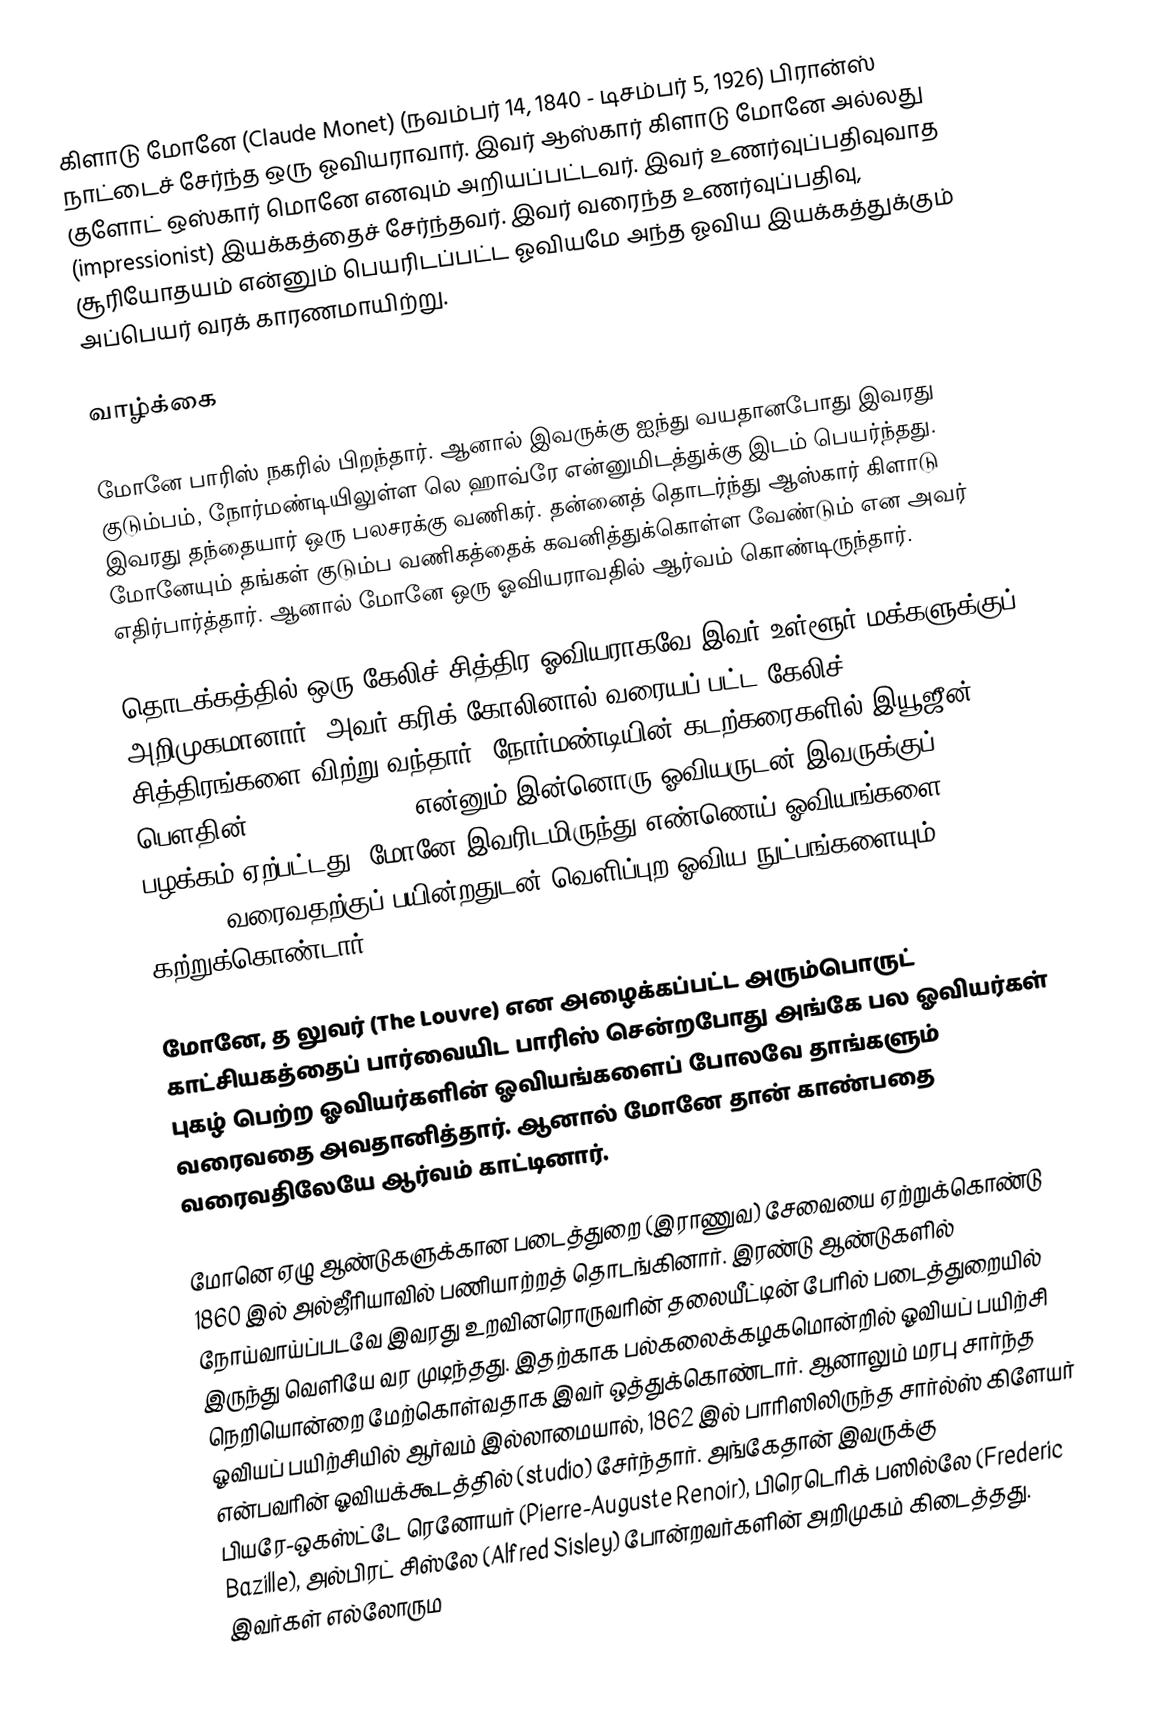
கிளாடு மோனே (Claude Monet) (நவம்பர் 14, 1840 - டிசம்பர் 5, 1926) பிரான்ஸ் நாட்டைச் சேர்ந்த ஒரு ஓவியராவார். இவர் ஆஸ்கார் கிளாடு மோனே அல்லது குளோட் ஒஸ்கார் மொனே எனவும் அறியப்பட்டவர். இவர் உணர்வுப்பதிவுவாத (impressionist) இயக்கத்தைச் சேர்ந்தவர். இவர் வரைந்த உணர்வுப்பதிவு, சூரியோதயம் என்னும் பெயரிடப்பட்ட ஓவியமே அந்த ஓவிய இயக்கத்துக்கும் அப்பெயர் வரக் காரணமாயிற்று.

வாழ்க்கை

மோனே பாரிஸ் நகரில் பிறந்தார். ஆனால் இவருக்கு ஐந்து வயதானபோது இவரது குடும்பம், நோர்மண்டியிலுள்ள லெ ஹாவ்ரே என்னுமிடத்துக்கு இடம் பெயர்ந்தது. இவரது தந்தையார் ஒரு பலசரக்கு வணிகர். தன்னைத் தொடர்ந்து ஆஸ்கார் கிளாடு மோனேயும் தங்கள் குடும்ப வணிகத்தைக் கவனித்துக்கொள்ள வேண்டும் என அவர் எதிர்பார்த்தார். ஆனால் மோனே ஒரு ஓவியராவதில் ஆர்வம் கொண்டிருந்தார்.

தொடக்கத்தில் ஒரு கேலிச் சித்திர ஓவியராகவே இவர் உள்ளூர் மக்களுக்குப் அறிமுகமானார். அவர் கரிக் கோலினால் வரையப் பட்ட கேலிச் சித்திரங்களை விற்று வந்தார். நோர்மண்டியின் கடற்கரைகளில் இயூஜீன் பௌதின் (Eugène Boudin) என்னும் இன்னொரு ஓவியருடன் இவருக்குப் பழக்கம் ஏற்பட்டது. மோனே இவரிடமிருந்து எண்ணெய் ஓவியங்களை (oil paints) வரைவதற்குப் பயின்றதுடன் வெளிப்புற ஓவிய நுட்பங்களையும் கற்றுக்கொண்டார்.

மோனே, த லுவர் (The Louvre) என அழைக்கப்பட்ட அரும்பொருட் காட்சியகத்தைப் பார்வையிட பாரிஸ் சென்றபோது அங்கே பல ஓவியர்கள் புகழ் பெற்ற ஓவியர்களின் ஓவியங்களைப் போலவே தாங்களும் வரைவதை அவதானித்தார். ஆனால் மோனே தான் காண்பதை வரைவதிலேயே ஆர்வம் காட்டினார்.

மோனெ ஏழு ஆண்டுகளுக்கான படைத்துறை (இராணுவ) சேவையை ஏற்றுக்கொண்டு 1860 இல் அல்ஜீரியாவில் பணியாற்றத் தொடங்கினார். இரண்டு ஆண்டுகளில் நோய்வாய்ப்படவே இவரது உறவினரொருவரின் தலையீட்டின் பேரில் படைத்துறையில் இருந்து வெளியே வர முடிந்தது. இதற்காக பல்கலைக்கழகமொன்றில் ஓவியப் பயிற்சி நெறியொன்றை மேற்கொள்வதாக இவர் ஒத்துக்கொண்டார். ஆனாலும் மரபு சார்ந்த ஓவியப் பயிற்சியில் ஆர்வம் இல்லாமையால், 1862 இல் பாரிஸிலிருந்த சார்ல்ஸ் கிளேயர் என்பவரின் ஓவியக்கூடத்தில் (studio) சேர்ந்தார். அங்கேதான் இவருக்கு பியரே-ஒகஸ்ட்டே ரெனோயர் (Pierre-Auguste Renoir), பிரெடெரிக் பஸில்லே (Frederic Bazille), அல்பிரட் சிஸ்லே (Alfred Sisley) போன்றவர்களின் அறிமுகம் கிடைத்தது. இவர்கள் எல்லோரும